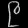
Digit: ၉